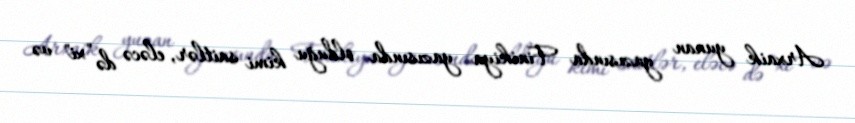
Arxaik yunan yazısında Finikiya yazısında olduğu kimi saitlər, eləcə də "xi" və